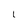
Character: 1